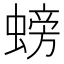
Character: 螃